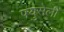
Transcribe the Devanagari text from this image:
फ्युसेली